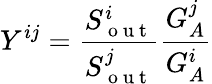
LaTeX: Y^{ij}=\frac{S_{\mathrm{~o~u~t~}}^{i}}{S_{\mathrm{~o~u~t~}}^{j}}\frac{G_{A}^{j}}{G_{A}^{i}}